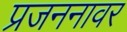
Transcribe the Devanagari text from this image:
प्रजननावर